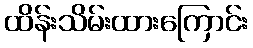
ထိန်းသိမ်းထားကြောင်း